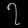
Digit: ၇